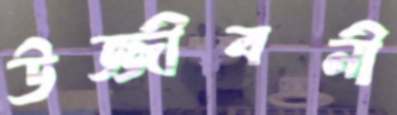
উজ্জীবনী